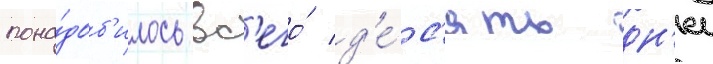
пона́доб'илось вс'его́ д'е́с'ять дн'еи